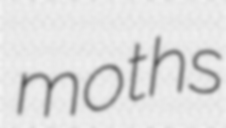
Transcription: moths